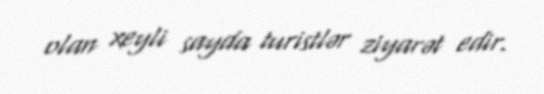
olan xeyli sayda turistlər ziyarət edir.